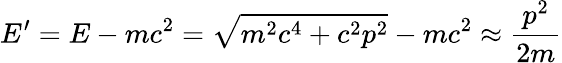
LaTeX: E^{\prime}=E-mc^{2}={\sqrt{m^{2}c^{4}+c^{2}p^{2}}}-mc^{2}\approx{\frac{p^{2}}{2m}}